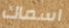
اسماك